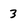
Character: 3